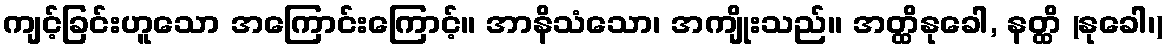
ကျင့်ခြင်းဟူသော အကြောင်းကြောင့်။ အာနိသံသော၊ အကျိုးသည်။ အတ္ထိနုခေါ, နတ္ထိ (နုခေါ၊)